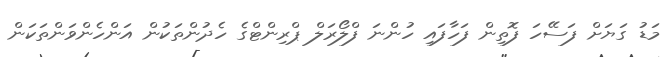
މަޑު ގަޔަށް ފަސޭހަ ފޮތިން ފަހާފައި ހުންނަ ފްލޯރަލް ޕްރިންޓްގެ ހެދުންތަކުން އަންހެންވަންތަކަން